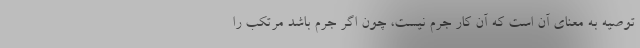
توصیه به معنای آن است که آن کار جرم نیست، چون اگر جرم باشد مرتکب را